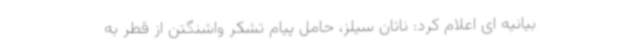
بیانیه ای اعلام کرد: ناتان سیلز، حامل پیام تشکر واشنگتن از قطر به